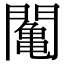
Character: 䦰